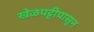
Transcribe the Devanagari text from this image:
खेळपट्टीपासून